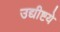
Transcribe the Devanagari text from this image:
उद्यीष्टये